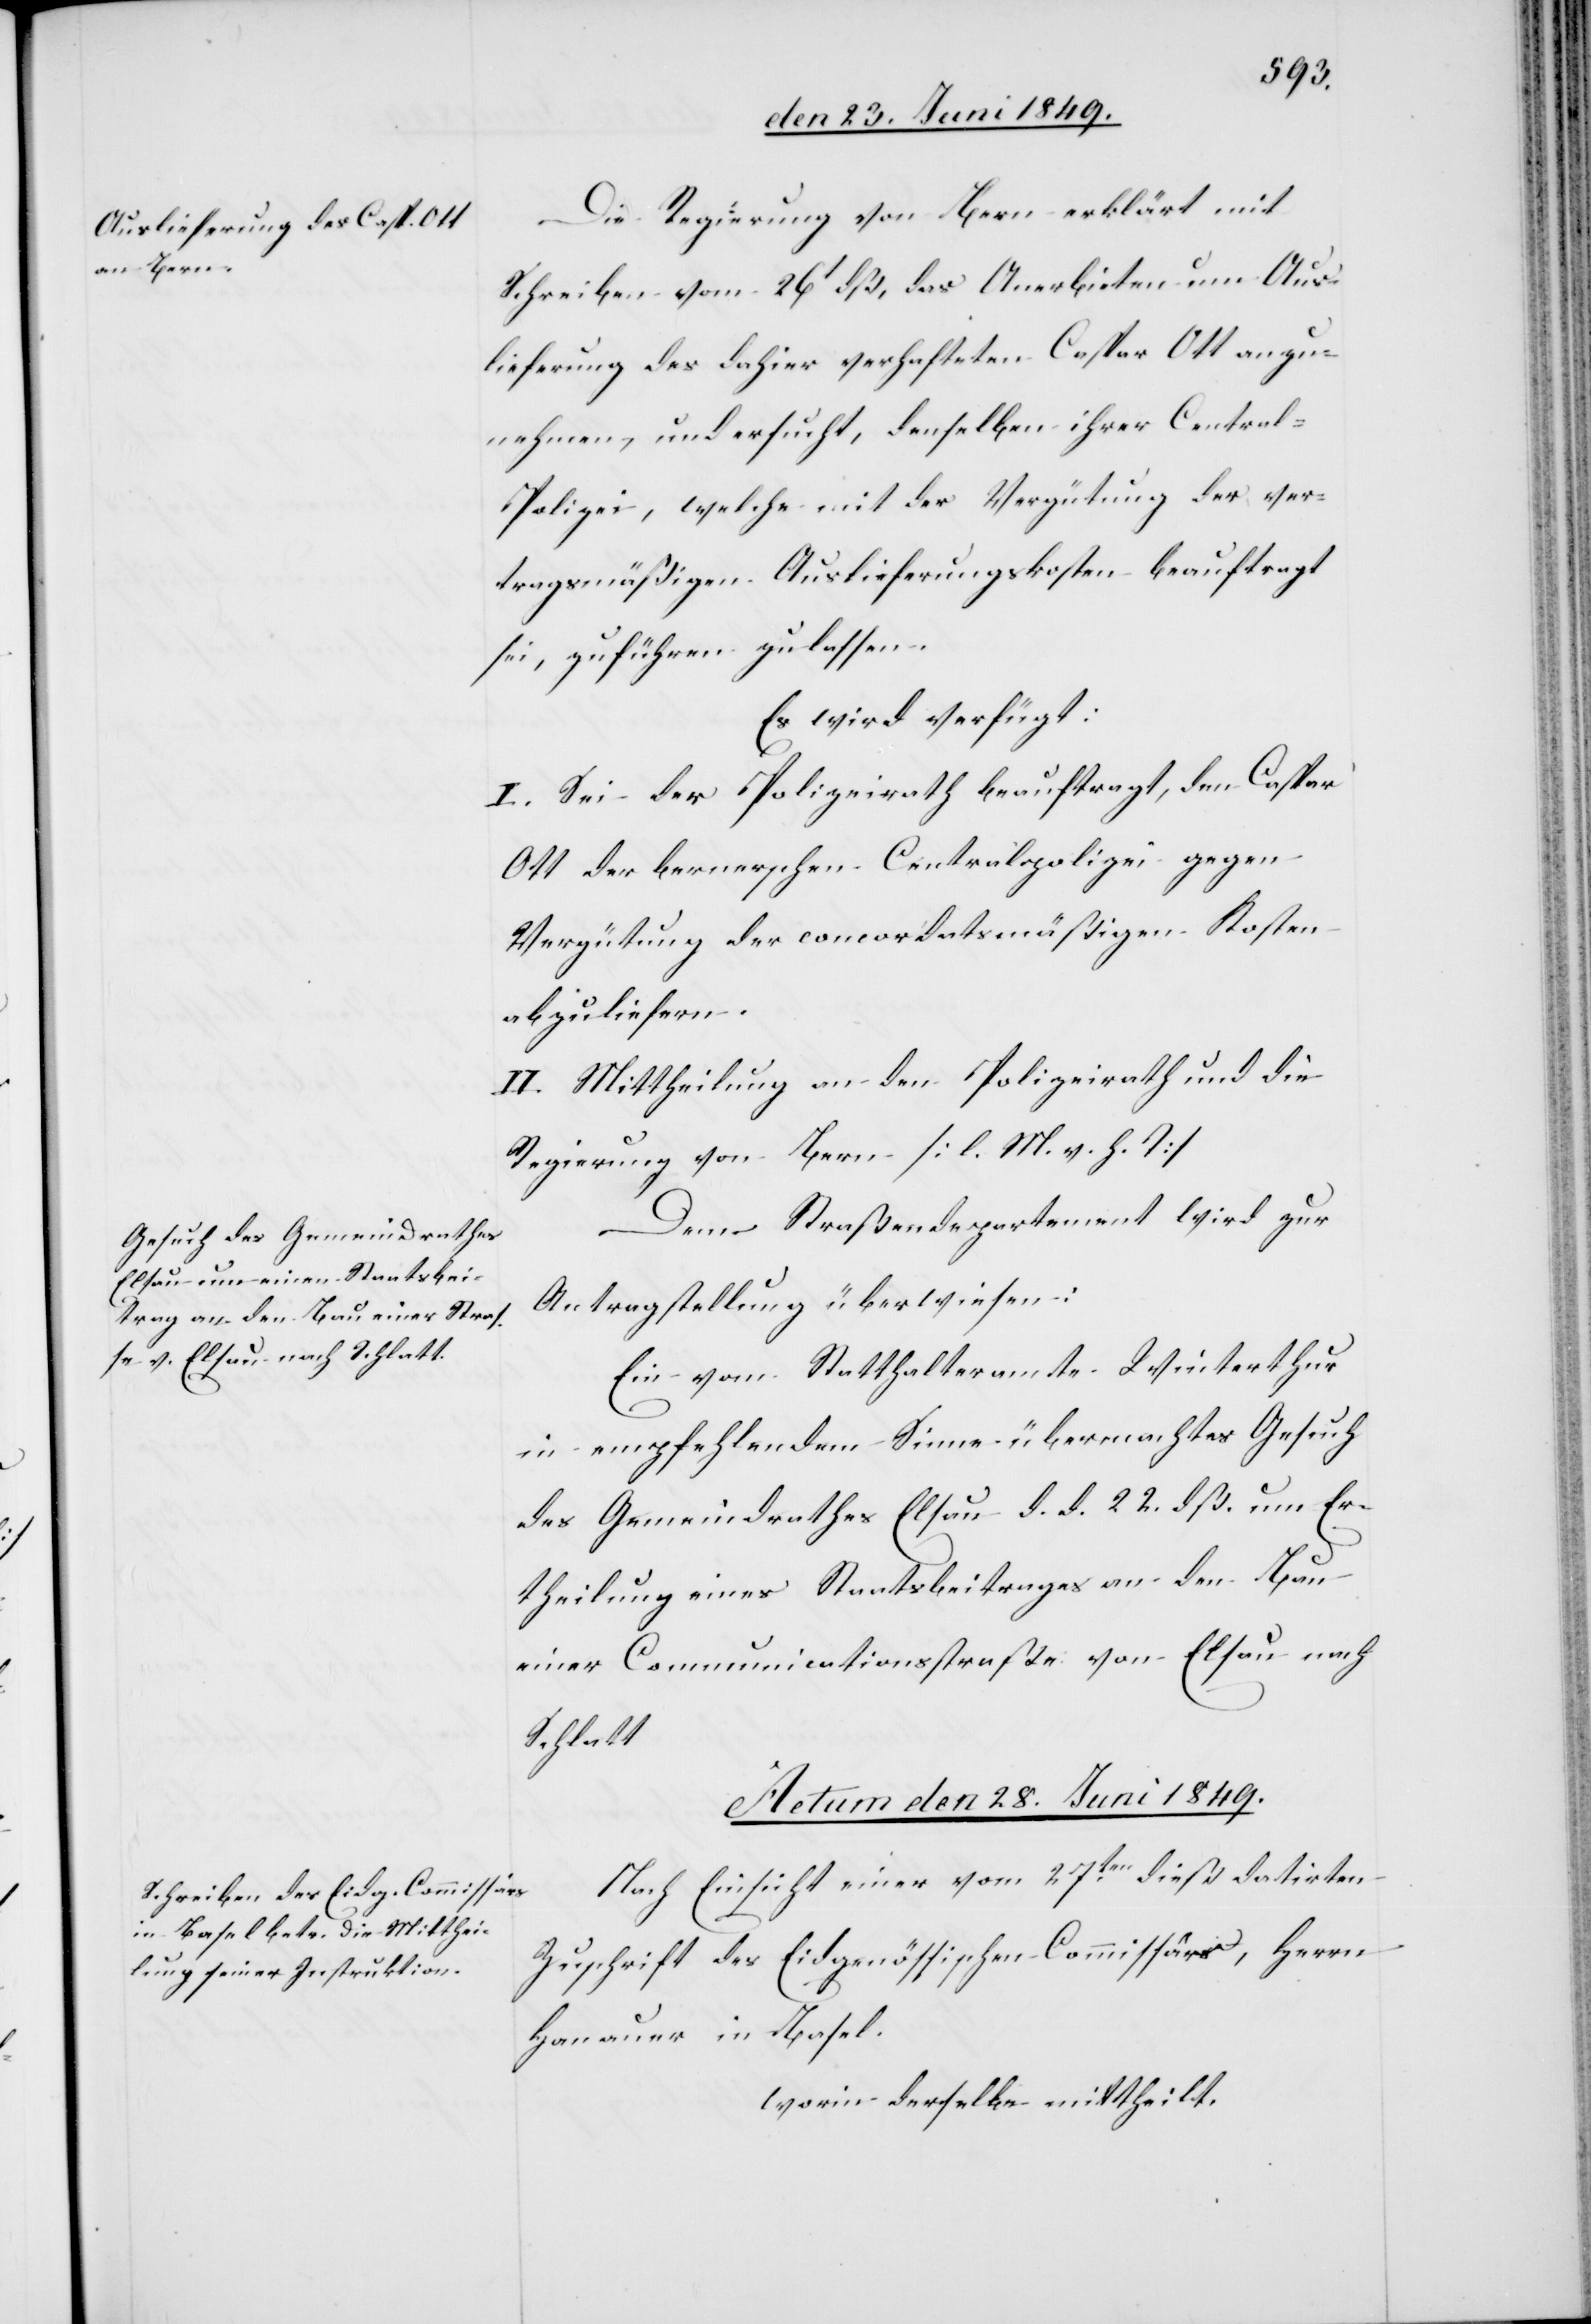
Die Regierung von Bern erklärt mit
Schreiben vom 26t dß, das Anerbieten um Aus¬
lieferung des dahier verhafteten Caspar Ott anzu¬
nehmen, und ersucht, denselben ihrer Centra¬
l-Polizei, welche mit der Vergütung der ver¬
tragsmäßigen Auslieferungskosten beauftragt
sei, zuführen zu lassen.
Es wird verfügt:
I. Sei der Polizeirath beauftragt, den Caspar
Ott der bernerschen Centralpolizei gegen
Vergütung der concordatsmäßigen Kosten
abzuliefern.
II. Mittheilung an den Polizeirath und die
Regierung von Bern [l. M. h. T][.]
Dem Straßendepartement wird zur
Antragstellung überwiesen:
Ein vom Statthalteramte Winterthur
in empfehlendem Sinne übermachtes Gesuch
des Gemeindrathes Elsau d. d. 22. dß. um Er¬
theilung eines Staatsbeitrages an den Bau
einer Communicationsstraße von Elsau nach
Actum den 28. Juni 1849.
Nach Einsicht einer vom 27ten dieß datirten
Zuschrift des Eidgenössischen Commissärs, Herrn
Hanauer in Basel.
worin derselbe mittheilt.